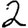
Digit: 2